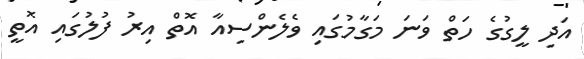
އަދި ލީގުގެ ހަތް ވަނަ މަގާމުގައި ވެލެންސިއާ އޮތް އިރު ފުލުގައި އޮތީ